Annual report of lunatic asylums [Bombay] - 1912-1922
Year: 1912
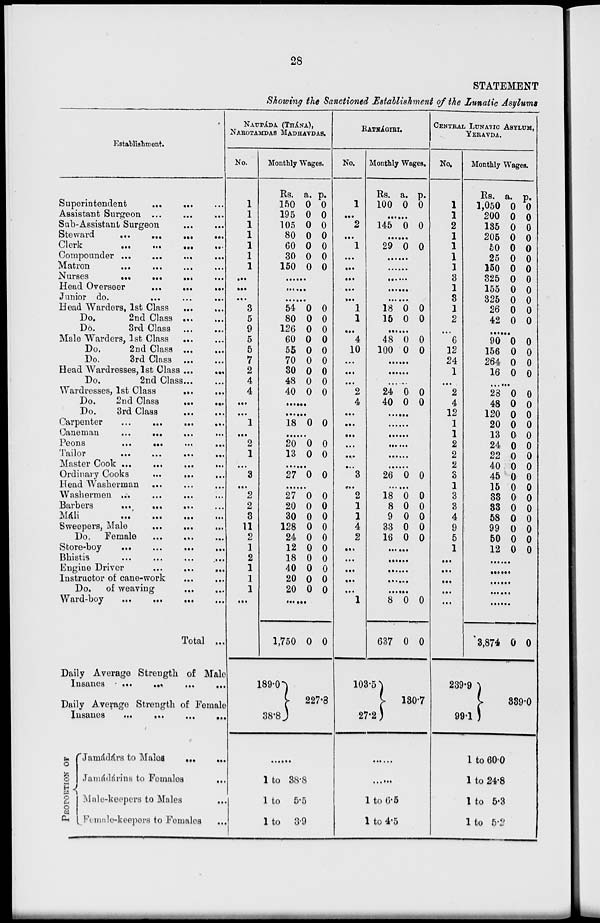
28
STATEMENT
Showing the Sanctioned Establishment of the Lunatic Asylums.
Establishment.
Superintendent
...
...
...
Assistant Surgeon ... ... ...
Sub-Assistant Surgeon
...
...
Steward
...
...
...
...
Clerk ... ... ... ... ...
Compounder ... ... ... ...
Matron
...
...
...
...
Nurses
...
...
...
...
Head Overseer
...
...
...
Junior do
...
...
...
Head Warders, 1st Class ... ...
Do.
2nd Class
...
...
Do.
3rd Class ... ...
Male Warders, 1st Class ... ...
Do.
2nd Class
...
...
Do.
3rd Class
...
...
Head Wardresses, 1st Class ... ...
Do.
2nd Class ... ...
Wardresses, 1st Class
...
...
Do.
2nd Class
...
...
Do.
3rd Class
...
...
Carpenter
...
...
...
...
Caneman
...
...
...
...
Peons
...
...
...
...
Tailor
...
...
...
...
Master Cook ... ... ... ...
Ordinary Cooks
...
... ...
Head Washerman ... ... ...
Washermen ... ... ... ...
Barbers
...
...
...
...
Máli
...
...
...
...
Sweepers, Male
...
... ...
Do. Female
...
...
...
Store-boy
...
...
...
Bhistis ... ... ... ...
Engine Driver
...
...
...
Instructor of cane-work ... ...
Do.
of weaving
...
...
Ward-boy ... ... ... ...
Total ...
Daily Average Strength of Male
Insanes
...
...
...
...
Daily Average Strength of Female
Insanes
...
...
...
...
PROPORTION OF
Jamádárs to Males ... ...
Jamádárins
to Females
...
Male-keepers to Males
...
Female-keepers to Females ...
NAUPÁDA (THÁNA),
NAROTAMDAS MADHAVDAS.
No.
Mo
1
1
1
1
1
1
1
...
...
...
3
5
9
5
5
7
2
4
4
1
...
2
1
...
3
...
2
2
8
11
2
1
2
1
1
1
...
189.0
38.8
Monthly Wages.
Rs.
150
195
105
80
60
30
150
a.
0
0
0
0
0
0
0
p.
0
0
0
0
0
0
0
......
......
......
54
80
126
60
55
70
30
48
40
0
0
0
0
0
0
0
0
0
0
0
0
0
0
0
0
0
0
.......
........
18 0 0
........
20
13
0
0
0
0
.........
27 0 0
.........
27
20
30
128
24
12
18
40
20
20
0
0
0
0
0
0
0
0
0
0
0
0
0
0
0
0
0
0
0
0
......
1,750 0 0
227.8
.......
1 to 38.8
1 to 5.5
1 to 3.9
RATNÁGIRI.
No.
1
. ..
2
. . .
1
...
. ..
. ..
...
...
1
1
. ..
4
10
...
. ..
...
2
4
...
...
...
...
...
...
3
2
1
1
4
2
...
...
...
...
...
1
103.5
27.2
Monthly Wages.
Rs.
100
a.
0
p.
0
......
145 0 0
......
29 0 0
......
......
......
......
......
18
15
0
0
0
0
......
48
100
0
0
0
0
......
......
......
24
40
0
0
0
0
.........
.........
.........
.........
.........
.........
26 0 0
.........
18
8
9
33
16
0
0
0
0
0
0
0
0
0
0
.......
.......
.......
.......
.......
8
637
0
0
0
0
130.7
.......
.......
1 to 6.5
1 to 4.5
CENTRAL LUNATIC ASYLUM,
YERAVDA.
No.
1
1
2
1
1
1
1
3
1
8
1
2
...
6
12
24
1
2
4
12
1
1
2
2
2
1
3
3
4
9
5
1
...
...
...
...
...
239.9
99.1
Monthly Wages.
Rs.
1,050
200
135
205
50
25
150
325
155
325
26
42
a.
0
0
0
0
0
0
0
0
0
0
0
0
p.
0
0
0
0
0
0
0
0
0
0
0
0
.........
90
156
264
16
0
0
0
0
0
0
0
0
.........
28
48
120
20
13
24
22
40
45
15
33
33
58
99
50
12
0
0
0
0
0
0
0
0
0
0
0
0
0
0
0
0
0
0
0
0
0
0
0
0
0
0
0
0
0
0
0
0
.........
.........
.........
.........
.........
3,874 0 0
339.0
1 to 60.0
1 to 24.8
1 to 5.3
1 to 5.2